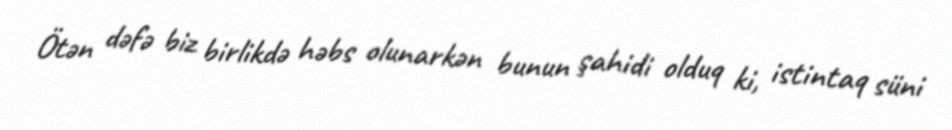
Ötən dəfə biz birlikdə həbs olunarkən bunun şahidi olduq ki, istintaq süni